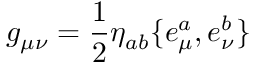
g _ { \mu \nu } = \frac 1 2 \eta _ { a b } \{ e _ { \mu } ^ { a } , e _ { \nu } ^ { b } \}